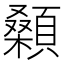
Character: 顙